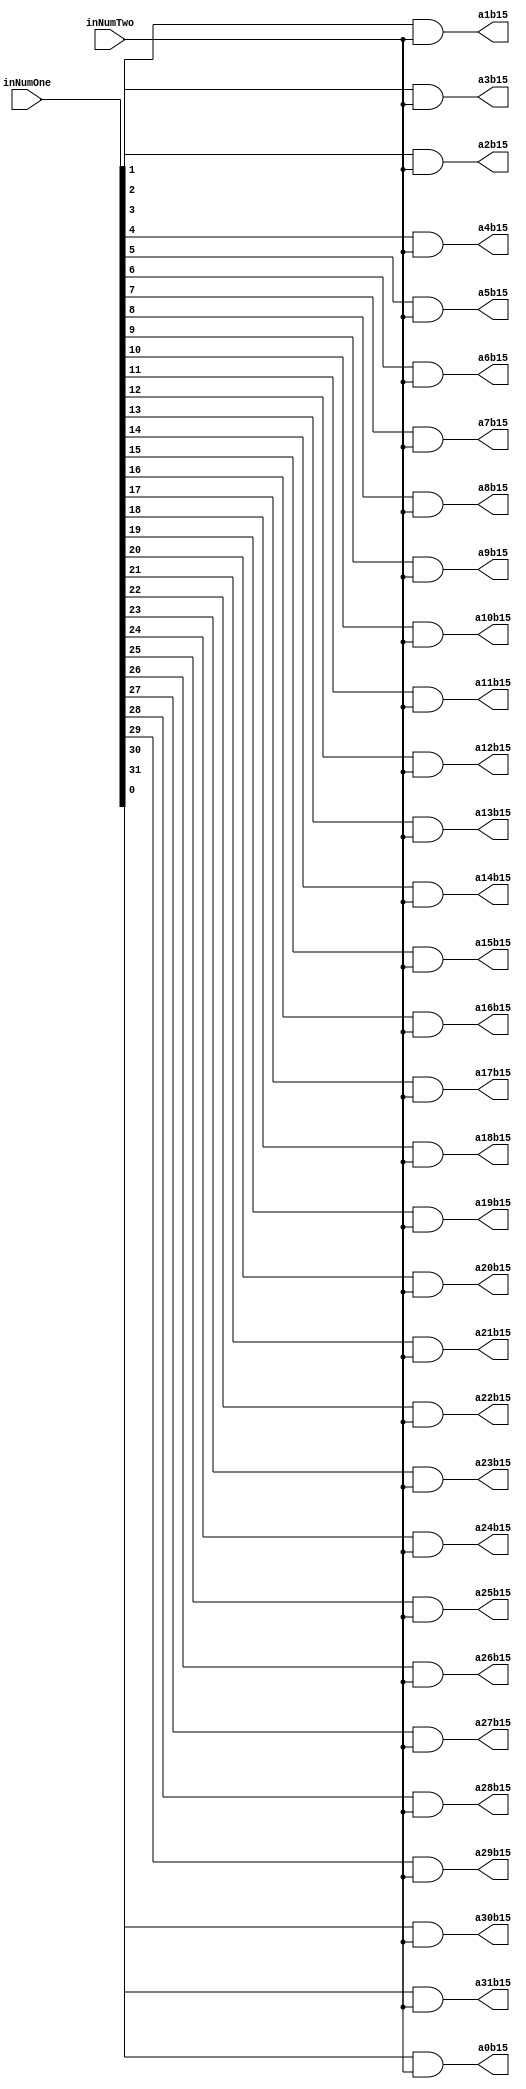
`timescale 1ns / 1ps

module PartialProductRow15(inNumOne,inNumTwo,a0b15,a1b15,a2b15,a3b15,a4b15,a5b15,a6b15,a7b15,a8b15,a9b15,a10b15,a11b15,a12b15,a13b15,a14b15,a15b15,a16b15,a17b15,a18b15,a19b15,a20b15,a21b15,a22b15,a23b15,a24b15,a25b15,a26b15,a27b15,a28b15,a29b15,a30b15,a31b15);
input [31:0] inNumOne;
input inNumTwo;
output reg a0b15,a1b15,a2b15,a3b15,a4b15,a5b15,a6b15,a7b15,a8b15,a9b15,a10b15,a11b15,a12b15,a13b15,a14b15,a15b15,a16b15,a17b15,a18b15,a19b15,a20b15,a21b15,a22b15,a23b15,a24b15,a25b15,a26b15,a27b15,a28b15,a29b15,a30b15,a31b15;

always@(inNumOne,inNumTwo)begin
	a0b15 <= inNumOne[0] & inNumTwo;
	a1b15 <= inNumOne[1] & inNumTwo;
	a2b15 <= inNumOne[2] & inNumTwo;
	a3b15 <= inNumOne[3] & inNumTwo;
	a4b15 <= inNumOne[4] & inNumTwo;
	a5b15 <= inNumOne[5] & inNumTwo;
	a6b15 <= inNumOne[6] & inNumTwo;
	a7b15 <= inNumOne[7] & inNumTwo;
	a8b15 <= inNumOne[8] & inNumTwo;
	a9b15 <= inNumOne[9] & inNumTwo;
	a10b15 <= inNumOne[10] & inNumTwo;
	a11b15 <= inNumOne[11] & inNumTwo;
	a12b15 <= inNumOne[12] & inNumTwo;
	a13b15 <= inNumOne[13] & inNumTwo;
	a14b15 <= inNumOne[14] & inNumTwo;
	a15b15 <= inNumOne[15] & inNumTwo;
	a16b15 <= inNumOne[16] & inNumTwo;
	a17b15 <= inNumOne[17] & inNumTwo;
	a18b15 <= inNumOne[18] & inNumTwo;
	a19b15 <= inNumOne[19] & inNumTwo;
	a20b15 <= inNumOne[20] & inNumTwo;
	a21b15 <= inNumOne[21] & inNumTwo;
	a22b15 <= inNumOne[22] & inNumTwo;
	a23b15 <= inNumOne[23] & inNumTwo;
	a24b15 <= inNumOne[24] & inNumTwo;
	a25b15 <= inNumOne[25] & inNumTwo;
	a26b15 <= inNumOne[26] & inNumTwo;
	a27b15 <= inNumOne[27] & inNumTwo;
	a28b15 <= inNumOne[28] & inNumTwo;
	a29b15 <= inNumOne[29] & inNumTwo;
	a30b15 <= inNumOne[30] & inNumTwo;
	a31b15 <= inNumOne[31] & inNumTwo;
end

endmodule